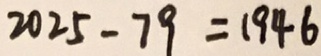
2 0 2 5 - 7 9 = 1 9 4 6